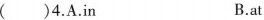
() 4.A.in B.at